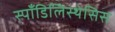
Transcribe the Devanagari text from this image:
स्पाँडिलिस्थेसिस